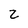
Character: Z